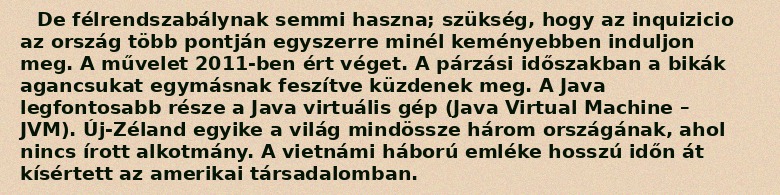
De félrendszabálynak semmi haszna; szükség, hogy az inquizicio az ország több pontján egyszerre minél keményebben induljon meg. A művelet 2011-ben ért véget. A párzási időszakban a bikák agancsukat egymásnak feszítve küzdenek meg. A Java legfontosabb része a Java virtuális gép (Java Virtual Machine – JVM). Új-Zéland egyike a világ mindössze három országának, ahol nincs írott alkotmány. A vietnámi háború emléke hosszú időn át kísértett az amerikai társadalomban.